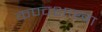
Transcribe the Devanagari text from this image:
कण्वशाखा